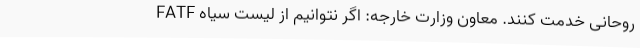
روحانی خدمت کنند. معاون وزارت خارجه: اگر نتوانیم از لیست سیاه FATF